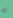
له